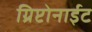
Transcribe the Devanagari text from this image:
ग्रिप्टोनाईट